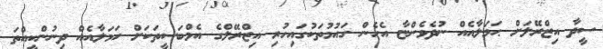
ސީދާ އިޒްރޭލަށް ޙަމަލާއެއް ނުދެވެންޏާ އެހެން ގައުމުތަކުގައިހުރި އިޒްރޭލްގެ އެމްބަސީތަކަށް ހަމަލާއެއް ދިނުންކީއްތަ